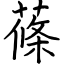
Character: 蓧